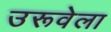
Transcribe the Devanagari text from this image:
उरूवेला